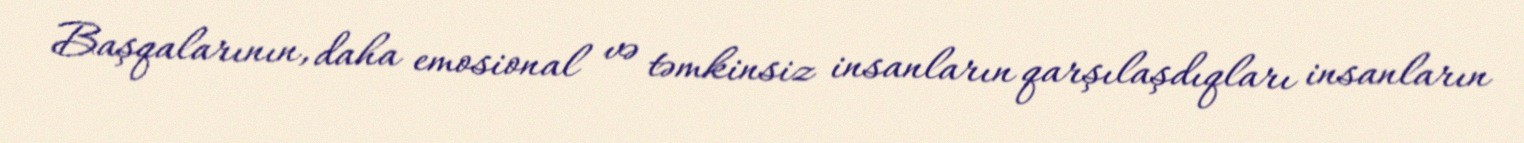
Başqalarının, daha emosional və təmkinsiz insanların qarşılaşdıqları insanların